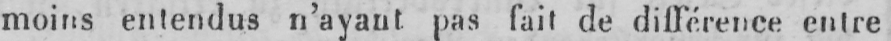
moins entendus n’ayant pas fait de différence entre